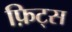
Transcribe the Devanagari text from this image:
फ़िट्स